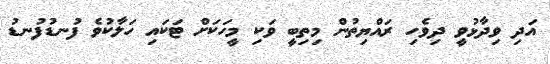
އަދި ވިދާޅުވީ ދިވެހި ރައްޔިތުން މިތިބީ ވަކި މީހަކަށް ޓަކައި ހަލާކުވެ ފުނޑުފުނޑު